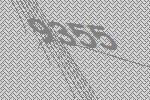
9355